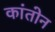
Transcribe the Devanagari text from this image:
कांतोन